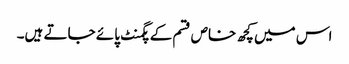
اس میں کچھ خاص قسم کے پگمنٹ پائے جاتے ہیں۔